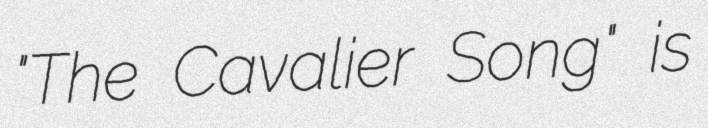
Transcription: "The Cavalier Song" is